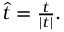
\begin{array} { r } { \widehat { t } = \frac { t } { | t | } . } \end{array}